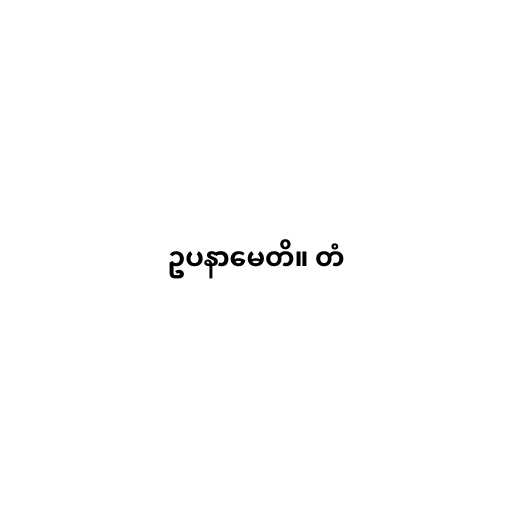
ဥပနာမေတိ။ တံ